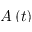
A \left( t \right)